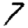
Digit: 7